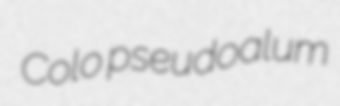
Colo pseudoalum